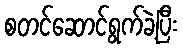
စတင်ဆောင်ရွက်ခဲ့ပြီး